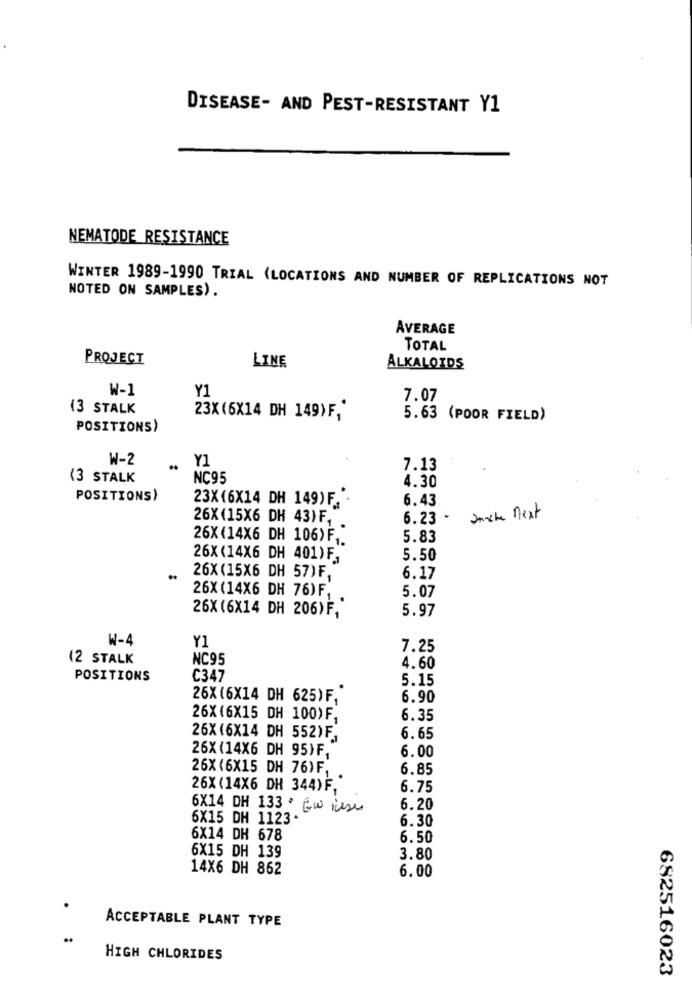
DISEASE- AND PEST-RESISTANT Y1
NEMATODE RESISTANCE
WINTER 1989-1990 TRIAL (LOCATIONS AND NUMBER OF REPLICATIONS NOT
NOTED ON SAMPLES).
AVERAGE
TOTAL
PROJECT
LINE
ALKALOIDS
W-1
Y1
7.07
13 STALK
23X (6X14 DH 149)F,'
5.63 (POOR FIELD)
POSITIONS)
W-2
Y1
7.13
(3 STALK
NC95
4.30
POSITIONS)
23X(6X14 DH 149) F .
6.43
26X (15X6 DH 43) F, .
6.23 - anche next
26X(14X6 DH 106)F ,.
5.83
26X (14X6 DH 401) F,
5.50
..
26X (15X6 DH 57) F,
6.17
26X (14X6 DH 76) F.
5.07
5.97
26X (6X14 DH 206) F,
W-4
Y1
7.25
(2 STALK
NC95
4.60
POSITIONS
C347
5.15
26X (6X14 DH 625) F.
6.90
26X (6X15 DH 100)F,
6.35
26X (6X14 DH 552)F,
6.65
26X (14X6 DH 95)F,
6.00
26X (6X15 DH 76)F.
6.85
26X (14X6 DH 344) F."
6.75
6X14 DH 133 . EN Resu
6.20
6X15 DH 1123.
6.30
6X14 DH 678
6.50
6X15 DH 139
3.80
14X6 DH 862
6.00
ACCEPTABLE PLANT TYPE
..
HIGH CHLORIDES
682516023